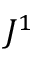
J ^ { 1 }